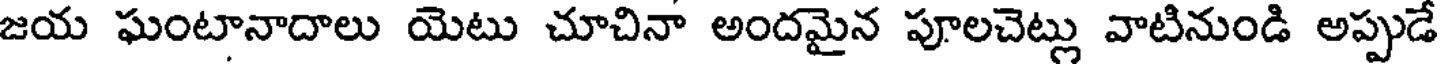
జయ ఘంటానాదాలు యెటు చూచినా అందమైన పూలచెట్లు వాటినుండి అప్పుడే